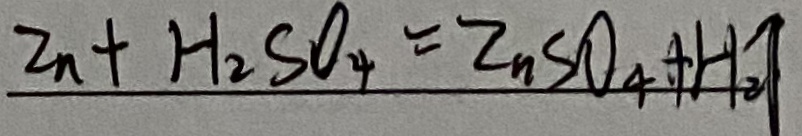
Z n + H _ { 2 } S O _ { 4 } = Z n S O _ { 4 } + H _ { 2 } \uparrow